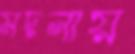
মদনায়